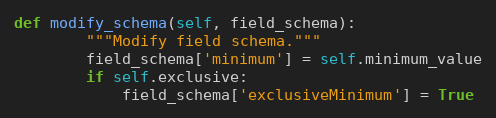
Language: Python
def modify_schema(self, field_schema):
        """Modify field schema."""
        field_schema['minimum'] = self.minimum_value
        if self.exclusive:
            field_schema['exclusiveMinimum'] = True